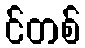
င်တစ်